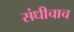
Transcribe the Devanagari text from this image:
संधीचाच